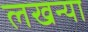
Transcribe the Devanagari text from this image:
लखन्या